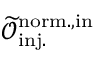
\mathcal { \widetilde { O } } _ { \mathrm { i n j . } } ^ { \mathrm { n o r m . , i n } }